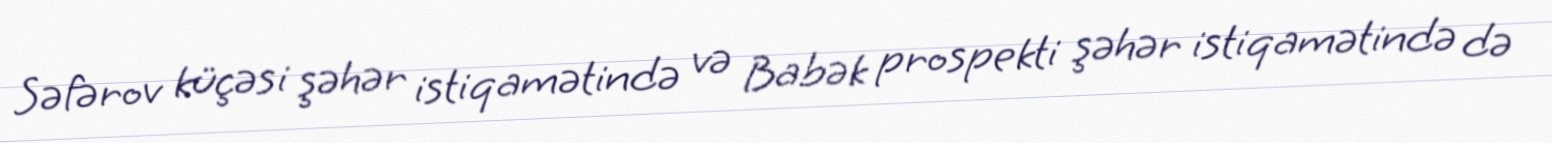
Səfərov küçəsi şəhər istiqamətində və Babək prospekti şəhər istiqamətində də